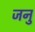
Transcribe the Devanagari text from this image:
जनु